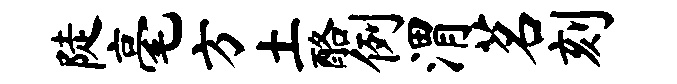
陡毫方土酪例渭茗刻